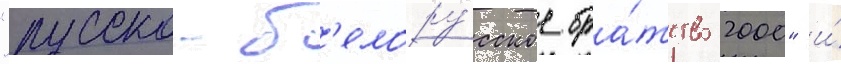
"русско-б'елору́сское бра́тство 2000" и́